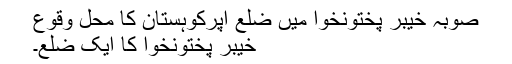
صوبہ خیبر پختونخوا میں ضلع اپرکوہستان کا محل وقوع
خیبر پختونخوا کا ایک ضلع۔